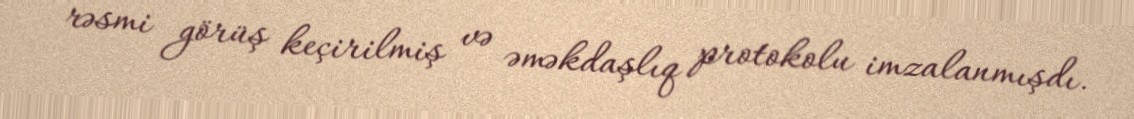
rəsmi görüş keçirilmiş və əməkdaşlıq protokolu imzalanmışdı.